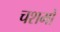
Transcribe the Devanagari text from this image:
चशमों